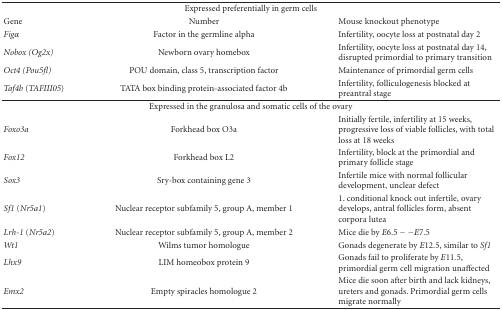
<table><thead><tr><td colspan="3"><b>Expressed preferentially in germ cells</b></td></tr><tr><td><b>Gene</b></td><td><b>Number</b></td><td><b>Mouse knockout phenotype</b></td></tr><tr><td><b><i>Fig<i>α</i></i></b></td><td><b>Factor in the germline alpha</b></td><td><b>Infertility, oocyte loss at postnatal day 2</b></td></tr><tr><td><b><i>Nobox (Og2x)</i></b></td><td><b>Newborn ovary homebox</b></td><td><b>Infertility, oocyte loss at postnatal day 14, disrupted primordial to primary transition</b></td></tr><tr><td><b><i>Oct4 (Pou5fl)</i></b></td><td><b>POU domain, class 5, transcription factor</b></td><td><b>Maintenance of primordial germ cells</b></td></tr><tr><td><b><i>Taf4b </i>(<i>TAFIII05</i>)</b></td><td><b>TATA box binding protein-associated factor 4b</b></td><td><b>Infertility, folliculogenesis blocked at preantral stage</b></td></tr></thead><tbody><tr><td colspan="3">Expressed in the granulosa and somatic cells of the ovary</td></tr><tr><td><i>Foxo3a</i></td><td>Forkhead box O3a</td><td>Initially fertile, infertility at 15 weeks, progressive loss of viable follicles, with total loss at 18 weeks</td></tr><tr><td><i>Fox12</i></td><td>Forkhead box L2</td><td>Infertility, block at the primordial and primary follicle stage</td></tr><tr><td><i>Sox3</i></td><td>Sry-box containing gene 3</td><td>Infertile mice with normal follicular development, unclear defect</td></tr><tr><td><i>Sf1 </i>(<i>Nr5a1</i>)</td><td>Nuclear receptor subfamily 5, group A, member 1</td><td>1. conditional knock out infertile, ovary develops, antral follicles form, absent corpora lutea</td></tr><tr><td><i>Lrh-1 </i>(<i>Nr5a2</i>)</td><td>Nuclear receptor subfamily 5, group A, member 2</td><td>Mice die by <i>E</i>6.5–<i>E</i>7.5</td></tr><tr><td><i>Wt1</i></td><td>Wilms tumor homologue</td><td>Gonads degenerate by <i>E</i>12.5, similar to <i>Sf1 </i></td></tr><tr><td><i>Lhx9</i></td><td>LIM homeobox protein 9</td><td>Gonads fail to proliferate by <i>E</i>11.5, primordial germ cell migration unaffected</td></tr><tr><td><i>Emx2</i></td><td>Empty spiracles homologue 2</td><td>Mice die soon after birth and lack kidneys, ureters and gonads. Primordial germ cells migrate normally</td></tr></tbody></table>